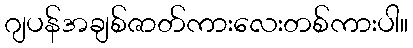
ဂျပန်အချစ်ဇာတ်ကားလေးတစ်ကားပါ။